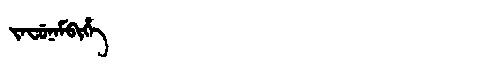
Manchu: ᠵᠠᠸᡠᠨᠠᠮᠪᡳᡥᡝ
Romanization: JAFUNAMBIHE